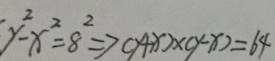
y ^ { 2 } - x ^ { 2 } = 8 ^ { 2 } \Rightarrow ( y + x ) \times ( y - x ) = 6 4